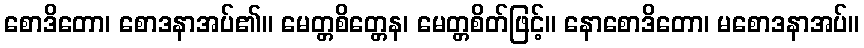
စောဒိတော၊ စောဒနာအပ်၏။ မေတ္တစိတ္တေန၊ မေတ္တစိတ်ဖြင့်။ နောစောဒိတော၊ မစောဒနာအပ်။